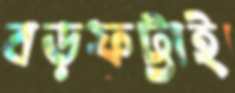
বড়ফট্টাই